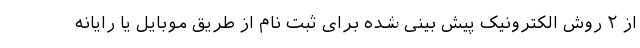
از ۲ روش الکترونیک پیش بینی شده برای ثبت نام از طریق موبایل یا رایانه